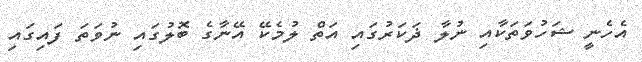
އެހެނީ ޝަހުވަތަކާއި ނުލާ ޛަކަރުގައި އަތް ލުމެކޭ އޭނާގެ ބޮލުގައި ނުވަތަ ފައިގައި